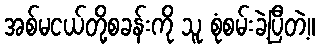
အစ်မငယ်တို့စခန်းကို သူ စုံစမ်းခဲ့ပြီတဲ့။